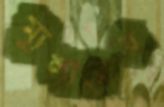
ম্যুলারের